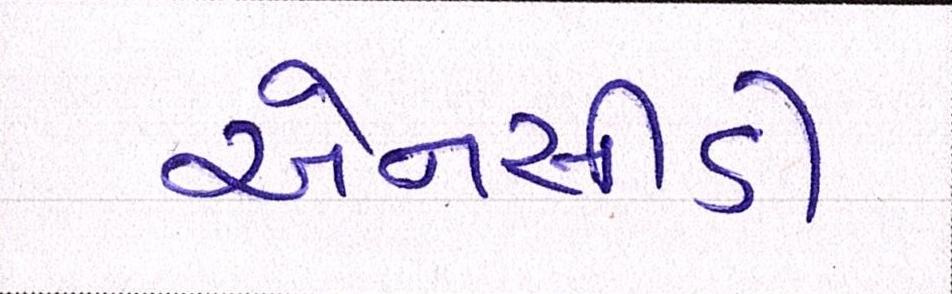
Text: એનસીડી